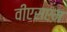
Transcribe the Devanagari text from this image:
वीएसएम